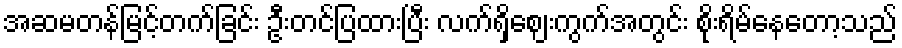
အဆမတန်မြင့်တက်ခြင်း ဦးတင်ပြထားပြီး လက်ရှိဈေးကွက်အတွင်း စိုးရိမ်နေတော့သည်